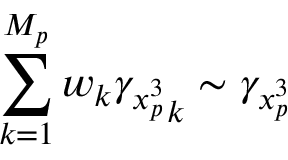
\sum _ { k = 1 } ^ { M _ { p } } w _ { k } { \gamma _ { x _ { p } ^ { 3 } } } _ { k } \sim \gamma _ { x _ { p } ^ { 3 } }